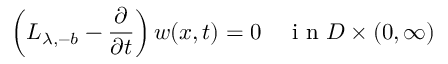
\left( L _ { \lambda , - b } - \frac { \partial } { \partial t } \right) w ( x , t ) = 0 \quad \textrm { i n } D \times ( 0 , \infty )